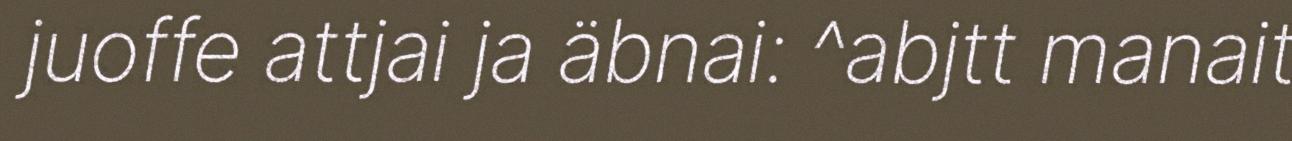
juoffe attjai ja äbnai: ^abjtt manait